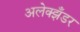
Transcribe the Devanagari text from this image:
अलेक्झँडर